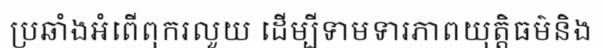
ប្រឆាំងអំពើពុករលួយ ដើម្បីទាមទារភាពយុត្តិធម៌និង